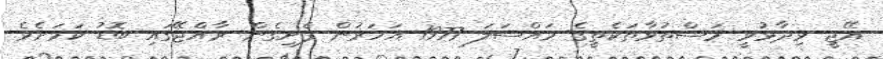
އޭޖީ ވިދާޅުވީ މަސްތުވާތަކެތީގެ މައްސަލަ 1977 އަހަރުން ފެށިގެން ރާއްޖޭގައި ބޮޑު ކަމަށެވެ.